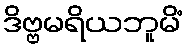
ဒိဗ္ဗမရိယဘူမိံ